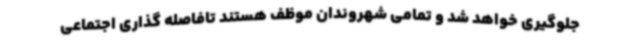
جلوگیری خواهد شد و تمامی شهروندان موظف هستند تافاصله گذاری اجتماعی